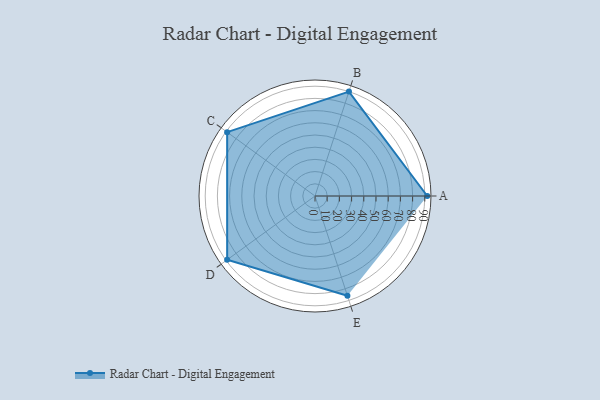
{"axis": {"x": "Skill", "y": "Score"}, "legend": ["Profile"], "data": [{"x": "A", "y": 92.0, "type": "Profile"}, {"x": "B", "y": 90.0, "type": "Profile"}, {"x": "C", "y": 89.0, "type": "Profile"}, {"x": "D", "y": 89.0, "type": "Profile"}, {"x": "E", "y": 86.0, "type": "Profile"}]}